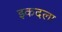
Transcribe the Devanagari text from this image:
इकदला